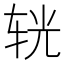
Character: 𨐈